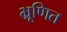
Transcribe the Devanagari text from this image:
भ्रूणित